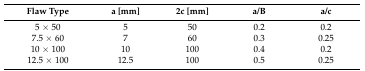
<table><thead><tr><td><b>Flaw Type</b></td><td><b>a [mm]</b></td><td><b>2c [mm]</b></td><td><b>a/B</b></td><td><b>a/c</b></td></tr></thead><tbody><tr><td>5 × 50</td><td>5</td><td>50</td><td>0.2</td><td>0.2</td></tr><tr><td>7.5 × 60</td><td>7</td><td>60</td><td>0.3</td><td>0.25</td></tr><tr><td>10 × 100</td><td>10</td><td>100</td><td>0.4</td><td>0.2</td></tr><tr><td>12.5 × 100</td><td>12.5</td><td>100</td><td>0.5</td><td>0.25</td></tr></tbody></table>